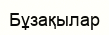
Бұзақылар